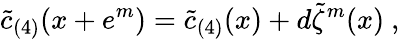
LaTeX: \tilde{c}_{(4)}(x+e^{m})=\tilde{c}_{(4)}(x)+d\tilde{\zeta}^{m}(x)\ ,